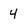
Character: 4